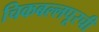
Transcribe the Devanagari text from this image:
चिकबल्लपूरची